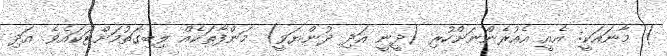
) މާނައަކީ: އެއީ އެއުރެންނަށްހުރި (ދީނީ އަދި ދުންޔަވީ) މަންފާތަކެއް ލިބިގަތުމަށްޓަކައެވެ. އަދި